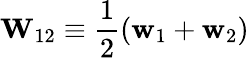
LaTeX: \mathbf{W}_{12}\equiv\frac{1}{2}(\mathbf{w}_{1}+\mathbf{w}_{2})